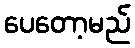
ပေတော့မည်